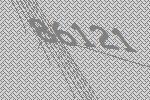
86121